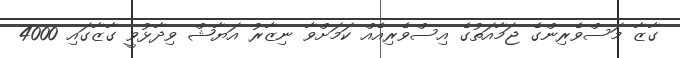
ގާޒާ މަސްވެރިންގެ ޖަމާއަތުގެ އިސްވެރިއެއް ކަމަށްވާ ނިޒާރު އަޔާޝް ވިދާޅުވީ ގާޒާގައި 4000